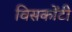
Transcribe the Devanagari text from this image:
विसकोंटी